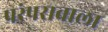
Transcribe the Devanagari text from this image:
परंपरावाला